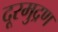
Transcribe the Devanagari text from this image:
दूरमुद्रण